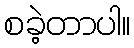
စခဲ့တာပါ။